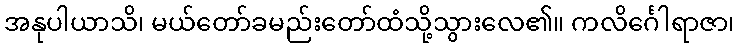
အနုပါယာသိ၊ မယ်တော်ခမည်းတော်ထံသို့သွားလေ၏။ ကလိင်္ဂေါရာဇာ၊